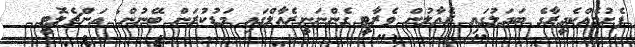
ފެށުމެއްކެދީރާގެ ބަދަލުގައި ރެއާލުން ވެރާޓީ ގެންނަނީރެއާލްގައި މަޑުކުރަން ބޭނުން: އަންޗެލޮޓީ